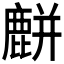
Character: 𪋋